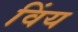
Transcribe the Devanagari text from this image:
विंय